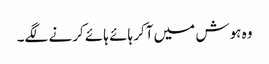
وہ ہوش میں آکر ہائے ہائے کرنے لگے۔